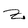
Character: Z